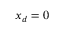
x _ { d } = 0